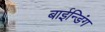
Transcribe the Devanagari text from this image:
बाईन्डिंग